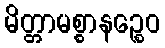
မိတ္တာမစ္စာနဉ္စေဝ